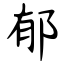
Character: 郁